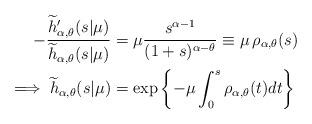
LaTeX: \begin{align*}-\frac{\widetilde h_{\alpha,\theta}^\prime(s|\mu)}{\widetilde h_{\alpha,\theta}(s|\mu)} &= \mu\dfrac{s^{\alpha-1}}{(1+s)^{\alpha-\theta}} \equiv \mu\,\rho_{\alpha,\theta}(s) \\ \implies \widetilde h_{\alpha,\theta}(s|\mu) &= \exp\left\{-\mu\int_0^s \rho_{\alpha,\theta}(t) dt \right\} \end{align*}